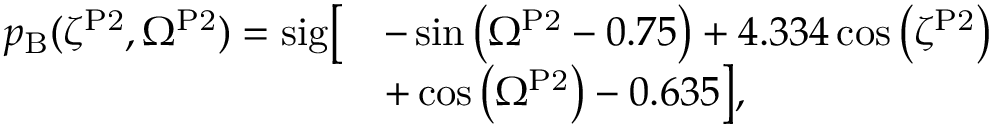
\begin{array} { r l } { p _ { \mathrm { B } } ( \zeta ^ { \mathrm { P 2 } } , \Omega ^ { \mathrm { P 2 } } ) = \mathrm { s i g } \bigl [ } & { - \sin { \left( \Omega ^ { \mathrm { P 2 } } - 0 . 7 5 \right) } + 4 . 3 3 4 \cos { \left( \zeta ^ { \mathrm { P 2 } } \right) } } \\ & { + \cos { \left( \Omega ^ { \mathrm { P 2 } } \right) } - 0 . 6 3 5 \bigr ] , } \end{array}